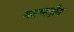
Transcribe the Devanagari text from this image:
महम्मदीय